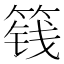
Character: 篯